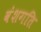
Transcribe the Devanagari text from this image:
वंशगति